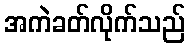
အကဲခတ်လိုက်သည်